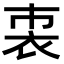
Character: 𧘴